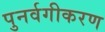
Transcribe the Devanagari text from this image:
पुनर्वगीकरण